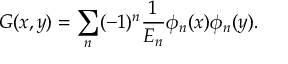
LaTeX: G ( x , y ) = \sum _ { n } ( - 1 ) ^ { n } \frac { 1 } { E _ { n } } \phi _ { n } ( x ) \phi _ { n } ( y ) .